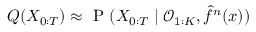
{ Q ( X _ { 0 : T } ) \approx \mathrm { ~ P ~ } ( X _ { 0 : T } \mid \mathcal { O } _ { 1 : K } , \hat { f } ^ { n } ( x ) ) }